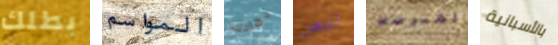
بطلك المواسم ذهابك ليس بالمدرسه بالأسبانية